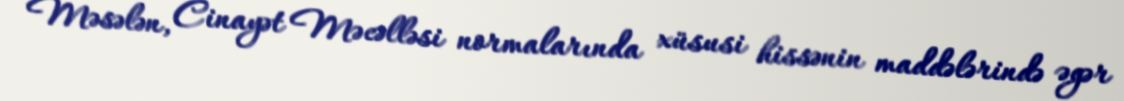
Məsələn, Cinayət Məcəlləsi normalarında xüsusi hissənin maddələrində əgər